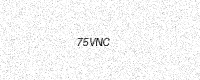
Text: 75VNC